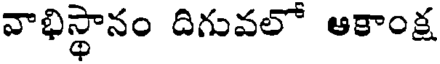
వాభిస్థానం దిగువలో ఆకాంక్ష